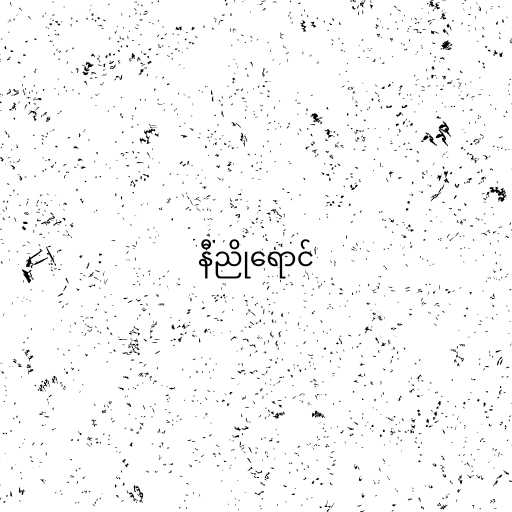
နီညိုရောင်